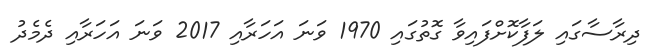
ދިރާސާގައި ލަފާކޮށްފައިވާ ގޮތުގައި 1970 ވަނަ އަހަރާއި 2017 ވަނަ އަހަރާއި ދެމެދު